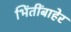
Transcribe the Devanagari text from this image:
भिंतींबाहेर